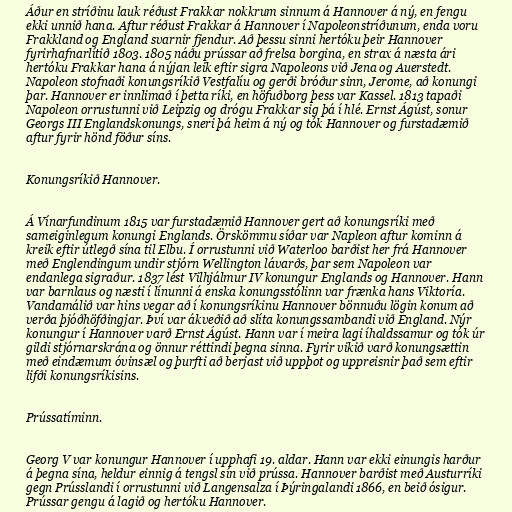
Áður en stríðinu lauk réðust Frakkar nokkrum sinnum á Hannover á ný, en fengu
ekki unnið hana. Aftur réðust Frakkar á Hannover í Napoleonstríðunum, enda voru
Frakkland og England svarnir fjendur. Að þessu sinni hertóku þeir Hannover
fyrirhafnarlítið 1803. 1805 náðu prússar að frelsa borgina, en strax á næsta ári
hertóku Frakkar hana á nýjan leik eftir sigra Napoleons við Jena og Auerstedt.
Napoleon stofnaði konungsríkið Vestfalíu og gerði bróður sinn, Jerome, að konungi
þar. Hannover er innlimað í þetta ríki, en höfuðborg þess var Kassel. 1813 tapaði
Napoleon orrustunni við Leipzig og drógu Frakkar sig þá í hlé. Ernst Ágúst, sonur
Georgs III Englandskonungs, sneri þá heim á ný og tók Hannover og furstadæmið
aftur fyrir hönd föður síns.

Konungsríkið Hannover.

Á Vínarfundinum 1815 var furstadæmið Hannover gert að konungsríki með
sameiginlegum konungi Englands. Örskömmu síðar var Napleon aftur kominn á
kreik eftir útlegð sína til Elbu. Í orrustunni við Waterloo barðist her frá Hannover
með Englendingum undir stjórn Wellington lávarðs, þar sem Napoleon var
endanlega sigraður. 1837 lést Vilhjálmur IV konungur Englands og Hannover. Hann
var barnlaus og næsti í línunni á enska konungsstólinn var frænka hans Viktoría.
Vandamálið var hins vegar að í konungsríkinu Hannover bönnuðu lögin konum að
verða þjóðhöfðingjar. Því var ákveðið að slíta konungssambandi við England. Nýr
konungur í Hannover varð Ernst Ágúst. Hann var í meira lagi íhaldssamur og tók úr
gildi stjórnarskrána og önnur réttindi þegna sinna. Fyrir vikið varð konungsættin
með eindæmum óvinsæl og þurfti að berjast við uppþot og uppreisnir það sem eftir
lifði konungsríkisins.

Prússatíminn.

Georg V var konungur Hannover í upphafi 19. aldar. Hann var ekki einungis harður
á þegna sína, heldur einnig á tengsl sín við prússa. Hannover barðist með Austurríki
gegn Prússlandi í orrustunni við Langensalza í Þýringalandi 1866, en beið ósigur.
Prússar gengu á lagið og hertóku Hannover.